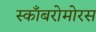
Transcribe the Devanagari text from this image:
स्काँबरोमोरस